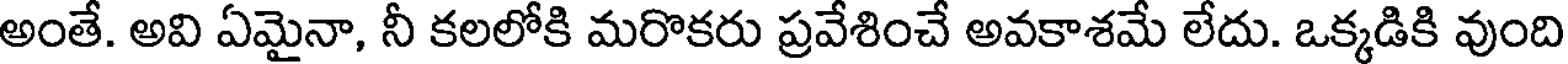
అంతే. అవి ఏమైనా, నీ కలలోకి మరొకరు ప్రవేశించే అవకాశమే లేదు. ఒక్కడికి వుంది